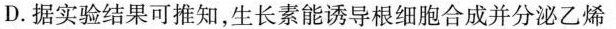
D.据实验结果可推知，生长素能诱导根细胞合成并分泌乙烯